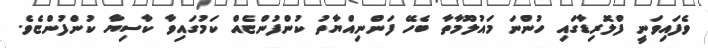
ވެފައިވަނީ ފްލޮރިޑާގައި ހުންނަ މައުލޫމާތާ ބެހޭ ފަންނިއްޔާތު ކުންފުންޏެއް ކަމުގައިވާ ކާސިޔާ ކުންފުންޏެވެ.